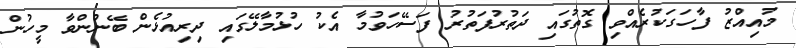
މުއިއްޒު ފާހަގަކުރެއްވި ގޮތުގައި ދަތުރުފަތުރު ފަސޭހަވުމާ އެކު ހުޅުމާލޭގައި ދިރިއުޅެން ބޭނުންވާ މީހުން